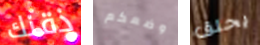
ذقنك وضعكم يحلق